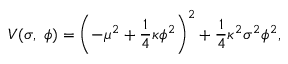
V ( \sigma , \ \phi ) = \left( - \mu ^ { 2 } + \frac 1 4 \kappa \phi ^ { 2 } \right) ^ { 2 } + \frac 1 4 \kappa ^ { 2 } \sigma ^ { 2 } \phi ^ { 2 } ,